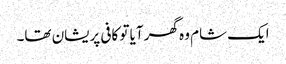
ایک شام وہ گھر آیا تو کافی پریشان تھا۔